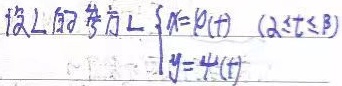
设 \(L\) 的参数方程为 \(L\begin{cases}x = \varphi(t)\\y = \psi(t)\end{cases}(\alpha\leq t\leq\beta)\)